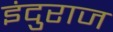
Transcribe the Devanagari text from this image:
इंदुराज